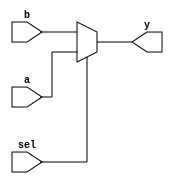
`timescale 1ns / 1ps

module mux(
    output wire [31:0] y,
    input wire [31:0] a, b,
    input wire sel
  );
  
  assign y = sel ? a : b;
  
endmodule // mux